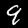
Label: 9